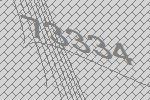
73334